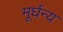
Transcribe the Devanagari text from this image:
मूर्घन्य